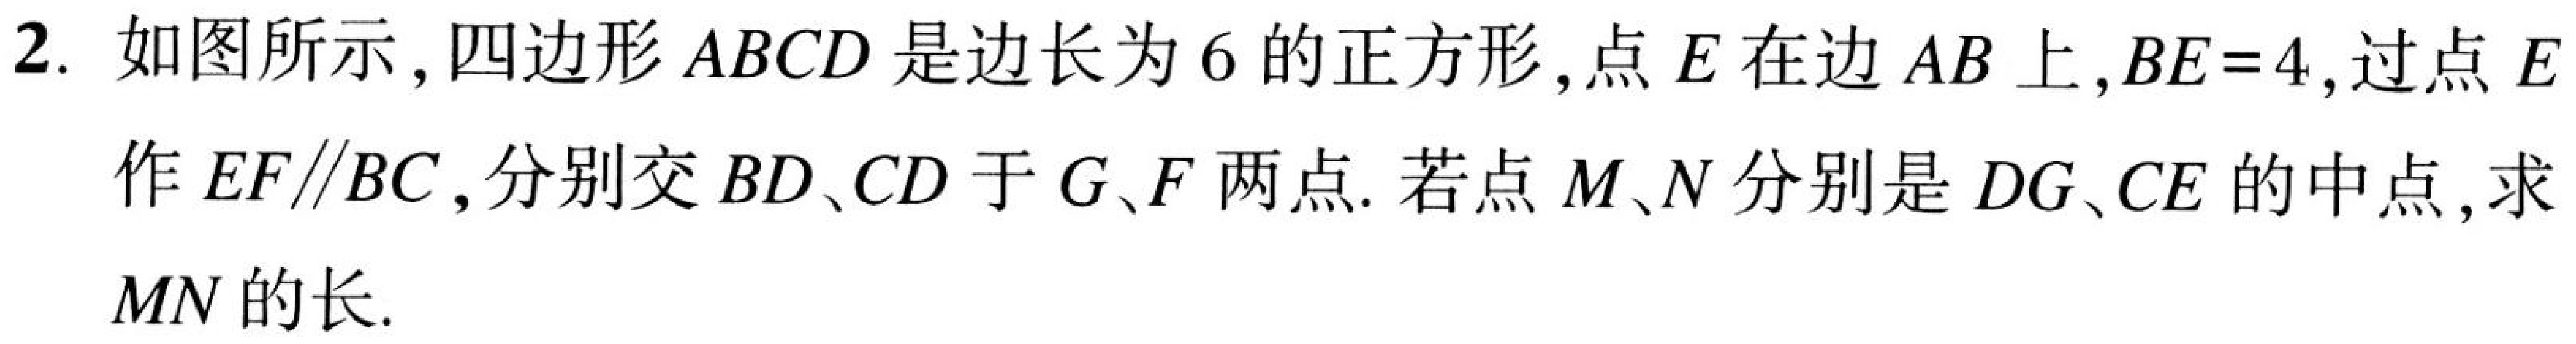
2. 如图所示，四边形 \(ABCD\) 是边长为 \(6\) 的正方形，点 \(E\) 在边 \(AB\) 上，\(BE = 4\)，过点 \(E\)
作 \(EF\parallel BC\)，分别交 \(BD\)、\(CD\) 于 \(G\)、\(F\) 两点. 若点 \(M\)、\(N\) 分别是 \(DG\)、\(CE\) 的中点，求
\(MN\) 的长.